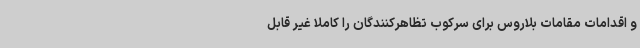
و اقدامات مقامات بلاروس برای سرکوب تظاهرکنندگان را کاملا غیر قابل